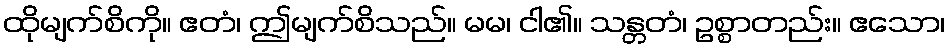
ထိုမျက်စိကို။ ဧတံ၊ ဤမျက်စိသည်။ မမ၊ ငါ၏။ သန္တတံ၊ ဥစ္စာတည်း။ ဧသော၊